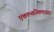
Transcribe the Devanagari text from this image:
एकान्तनिष्ठमाचारं